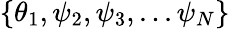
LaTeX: \{ \theta_{1},\psi_{2},\psi_{3},...\psi_{N}\}